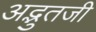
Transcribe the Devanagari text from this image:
अद्भुतजी